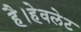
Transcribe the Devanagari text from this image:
है।हेवलेट